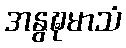
အနွဍ္ဎမာသံ